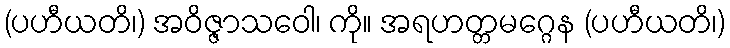
(ပဟီယတိ၊) အဝိဇ္ဇာသဝေါ၊ ကို။ အရဟတ္တမဂ္ဂေန (ပဟီယတိ၊)